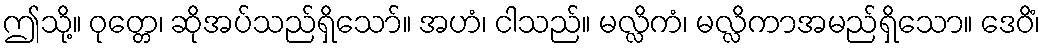
ဤသို့။ ဝုတ္တေ၊ ဆိုအပ်သည်ရှိသော်။ အဟံ၊ ငါသည်။ မလ္လိကံ၊ မလ္လိကာအမည်ရှိသော။ ဒေဝိံ၊